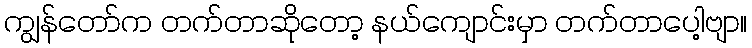
ကျွန်တော်က တက်တာဆိုတော့ နယ်ကျောင်းမှာ တက်တာပေါ့ဗျာ။